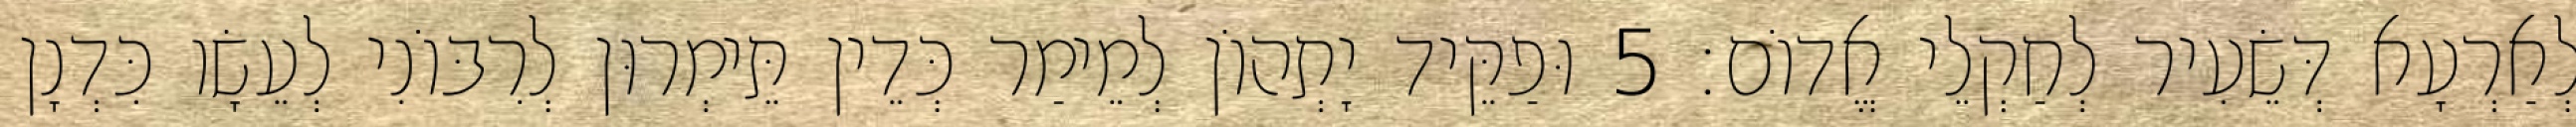
לְאַרְעָא דְּשֵׂעִיר לְחַקְלֵי אֱדוֹם׃ 5 וּפַקֵּיד יָתְהוֹן לְמֵימַר כְּדֵין תֵּימְרוּן לְרִבּוֹנִי לְעֵשָׂו כִּדְנָן